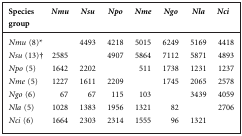
<table><thead><tr><td><b>Species group</b></td><td><b><i>Nmu</i></b></td><td><b><i>Nsu</i></b></td><td><b><i>Npo</i></b></td><td><b><i>Nme</i></b></td><td><b><i>Ngo</i></b></td><td><b><i>Nla</i></b></td><td><b><i>Nci</i></b></td></tr></thead><tbody><tr><td><i>Nmu</i> (8)*</td><td></td><td>4493</td><td>4218</td><td>5015</td><td>6249</td><td>5169</td><td>4418</td></tr><tr><td><i>Nsu</i> (13)†</td><td>2585</td><td></td><td>4907</td><td>5864</td><td>7112</td><td>5871</td><td>4893</td></tr><tr><td><i>Npo</i> (5)</td><td>1642</td><td>2202</td><td></td><td>511</td><td>1738</td><td>1231</td><td>1237</td></tr><tr><td><i>Nme</i> (5)</td><td>1227</td><td>1611</td><td>2209</td><td></td><td>1745</td><td>2065</td><td>2578</td></tr><tr><td><i>Ngo</i> (6)</td><td>67</td><td>67</td><td>115</td><td>103</td><td></td><td>3439</td><td>4059</td></tr><tr><td><i>Nla</i> (5)</td><td>1028</td><td>1383</td><td>1956</td><td>1321</td><td>82</td><td></td><td>2706</td></tr><tr><td><i>Nci</i> (6)</td><td>1664</td><td>2303</td><td>2314</td><td>1555</td><td>96</td><td>1321</td><td></td></tr></tbody></table>